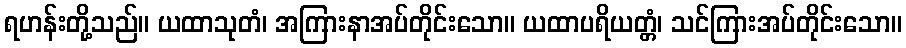
ရဟန်းတို့သည်။ ယထာသုတံ၊ အကြားနာအပ်တိုင်းသော။ ယထာပရိယတ္တံ၊ သင်ကြားအပ်တိုင်းသော။